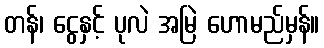
တန်၊ ငွေနှင့် ပုလဲ အမြဲ ဟောမည်မှန်။